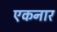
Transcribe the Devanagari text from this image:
एकनार